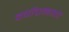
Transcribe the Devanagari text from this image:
वर्षाप्रमाणे